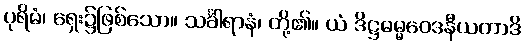
ပုရိမံ၊ ရှေး၌ဖြစ်သော။ သင်္ခါရာနံ၊ တို့၏။ ယံ ဒိဋ္ဌဓမ္မဝေဒနီယတာဒိ